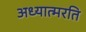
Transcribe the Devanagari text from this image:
अध्यात्मरति